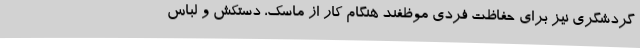
گردشگری نیز برای حفاظت فردی موظفند هنگام کار از ماسک، دستکش و لباس